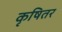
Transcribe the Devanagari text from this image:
कृषितर